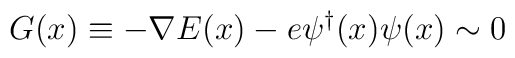
G(x)\equiv -\nabla E(x)-e \psi^{\dagger}(x)\psi (x)\sim0